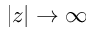
| z | \to \infty